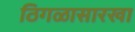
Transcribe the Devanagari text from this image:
ठिगळासारखा